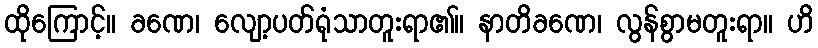
ထိုကြောင့်။ ခဏေ၊ လျော့ပတ်ရုံသာတူးရာ၏။ နာတိခဏေ၊ လွန်စွာမတူးရာ။ ဟိ